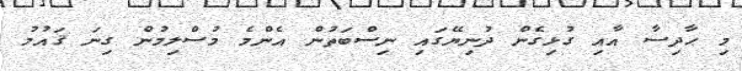
މި ޙާދިސާ އާއި ގުޅިގެން ދުނިޔޭގައި ނިސްބަތުން އެންމެ މުސްލިމުން ގިނަ ޤައުމު